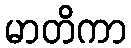
မာတိကာ